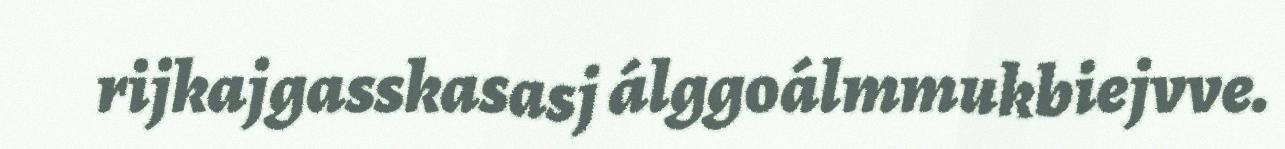
rijkajgasskasasj álggoálmmukbiejvve.